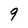
Character: 9